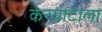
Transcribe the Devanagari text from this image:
केन्याटाला